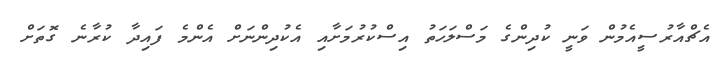
އެޗްއާރުސީއެމުން ވަނީ ކުދިންގެ މަސްލަހަތު އިސްކުރުމަށާއި އެކުދިންނަށް އެންމެ ފައިދާ ކުރާނެ ގޮތަށް